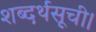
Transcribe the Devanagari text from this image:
शब्दर्थसूची।